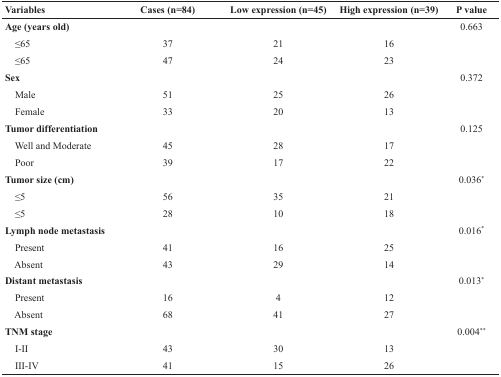
<table><thead><tr><td><b>Variables</b></td><td><b>Cases (n=84)</b></td><td><b>Low expression (n=45)</b></td><td><b>High expression (n=39)</b></td><td><b>P value</b></td></tr></thead><tbody><tr><td><b>Age (years old)</b></td><td></td><td></td><td></td><td>0.663</td></tr><tr><td> ≤65</td><td>37</td><td>21</td><td>16</td><td></td></tr><tr><td> ≤65</td><td>47</td><td>24</td><td>23</td><td></td></tr><tr><td><b>Sex</b></td><td></td><td></td><td></td><td>0.372</td></tr><tr><td> Male</td><td>51</td><td>25</td><td>26</td><td></td></tr><tr><td> Female</td><td>33</td><td>20</td><td>13</td><td></td></tr><tr><td><b>Tumor differentiation</b></td><td></td><td></td><td></td><td>0.125</td></tr><tr><td> Well and Moderate</td><td>45</td><td>28</td><td>17</td><td></td></tr><tr><td> Poor</td><td>39</td><td>17</td><td>22</td><td></td></tr><tr><td><b>Tumor size (cm)</b></td><td></td><td></td><td></td><td>0.036<sup>*</sup></td></tr><tr><td> ≤5</td><td>56</td><td>35</td><td>21</td><td></td></tr><tr><td> ≤5</td><td>28</td><td>10</td><td>18</td><td></td></tr><tr><td><b>Lymph node metastasis</b></td><td></td><td></td><td></td><td>0.016<sup>*</sup></td></tr><tr><td> Present</td><td>41</td><td>16</td><td>25</td><td></td></tr><tr><td> Absent</td><td>43</td><td>29</td><td>14</td><td></td></tr><tr><td><b>Distant metastasis</b></td><td></td><td></td><td></td><td>0.013<sup>*</sup></td></tr><tr><td> Present</td><td>16</td><td>4</td><td>12</td><td></td></tr><tr><td> Absent</td><td>68</td><td>41</td><td>27</td><td></td></tr><tr><td><b>TNM stage</b></td><td></td><td></td><td></td><td>0.004<sup>**</sup></td></tr><tr><td> I-II</td><td>43</td><td>30</td><td>13</td><td></td></tr><tr><td> III-IV</td><td>41</td><td>15</td><td>26</td><td></td></tr></tbody></table>